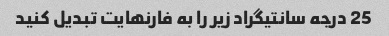
25 درجه سانتیگراد زیر را به فارنهایت تبدیل کنید